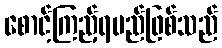
စောင့်ကြည့်ရမည်ဖြစ်သည်